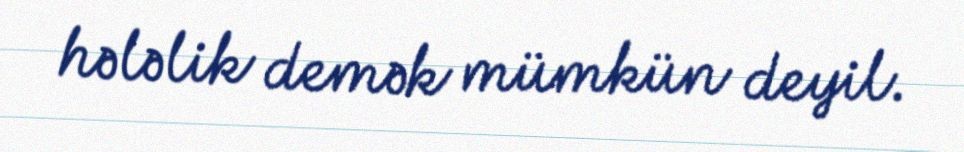
hələlik demək mümkün deyil.